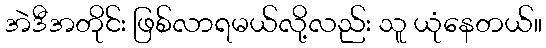
အဲဒီအတိုင်း ဖြစ်လာရမယ်လို့လည်း သူ ယုံနေတယ်။